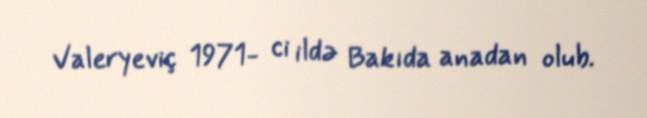
Valeryeviç 1971- ci ildə Bakıda anadan olub.